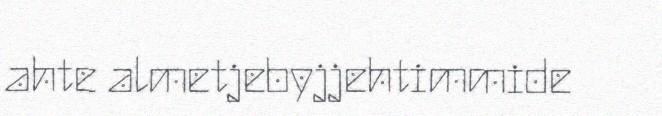
ahte almetjebyjjehtimmide